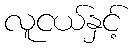
လူငယ်နှင့်